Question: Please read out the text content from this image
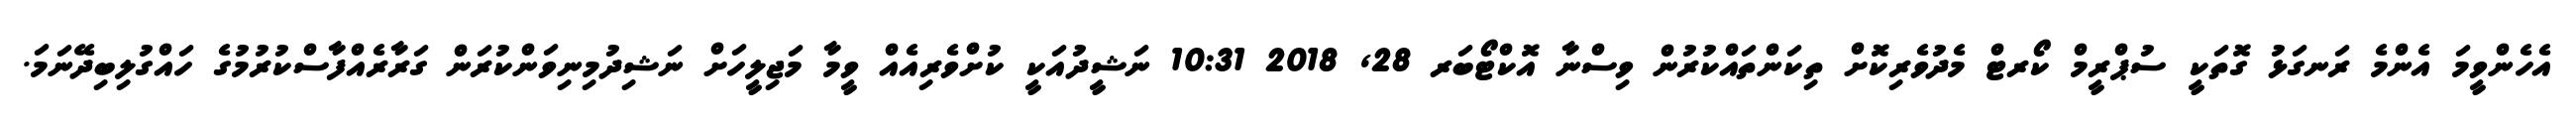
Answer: އެހެންވީމަ އެންމެ ރަނގަޅު ގޮތަކީ ސުޕްރީމް ކޯރޓް މެދުވެރިކޮށް ތިކަންތައްކުރުން ވިސްނާ އޮކްޓޯބަރ 28, 2018 10:31 ނަޝީދުއަކީ ކުށްވެރިއެއް ވީމާ މަޖިލީހަށް ނަޝިދުމިނިވަންކުރަން ގަރާރެއްފާސްކުރުމުގެ ހައްގުލިބިދޭނަމަ.